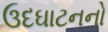
ઉદઘાટનનો